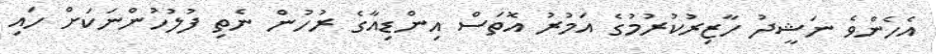
އެހެންވެ ނަޝީދު ހާޒިރުކުރުމުގެ އަމުރު އޮތަސް އިންޑިއާގެ ރުހުން ނެތި ފުލުހުންނަކަށް ހައި